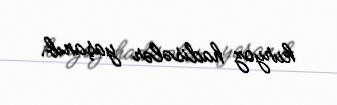
kuryoz hadisələr yaşanıb.